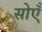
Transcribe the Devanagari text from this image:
सोएँ